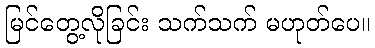
မြင်တွေ့လိုခြင်း သက်သက် မဟုတ်ပေ။